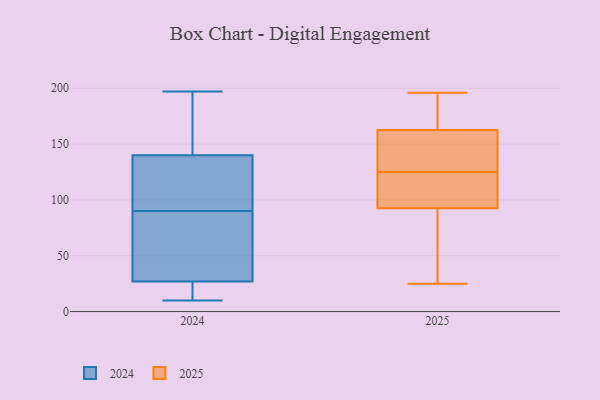
{"axis": {"x": "Market Share (%)", "y": "Value"}, "legend": ["2024", "2025"], "data": [{"x": "", "y": 176, "type": "2025"}, {"x": "", "y": 63, "type": "2025"}, {"x": "", "y": 104, "type": "2025"}, {"x": "", "y": 155, "type": "2025"}, {"x": "", "y": 39, "type": "2025"}, {"x": "", "y": 25, "type": "2025"}, {"x": "", "y": 105, "type": "2025"}, {"x": "", "y": 195, "type": "2025"}, {"x": "", "y": 87, "type": "2025"}, {"x": "", "y": 117, "type": "2025"}, {"x": "", "y": 98, "type": "2025"}, {"x": "", "y": 196, "type": "2025"}, {"x": "", "y": 170, "type": "2025"}, {"x": "", "y": 140, "type": "2025"}, {"x": "", "y": 146, "type": "2025"}, {"x": "", "y": 133, "type": "2025"}, {"x": "", "y": 53, "type": "2024"}, {"x": "", "y": 112, "type": "2024"}, {"x": "", "y": 182, "type": "2024"}, {"x": "", "y": 194, "type": "2024"}, {"x": "", "y": 151, "type": "2024"}, {"x": "", "y": 51, "type": "2024"}, {"x": "", "y": 12, "type": "2024"}, {"x": "", "y": 132, "type": "2024"}, {"x": "", "y": 48, "type": "2024"}, {"x": "", "y": 140, "type": "2024"}, {"x": "", "y": 101, "type": "2024"}, {"x": "", "y": 124, "type": "2024"}, {"x": "", "y": 27, "type": "2024"}, {"x": "", "y": 13, "type": "2024"}, {"x": "", "y": 197, "type": "2024"}, {"x": "", "y": 10, "type": "2024"}, {"x": "", "y": 12, "type": "2024"}, {"x": "", "y": 79, "type": "2024"}]}